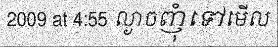
2009 at 4:55 ល្ងាចញុំទៅមើល